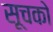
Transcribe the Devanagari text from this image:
सूचको